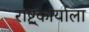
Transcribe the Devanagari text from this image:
राष्ट्र्कार्याला